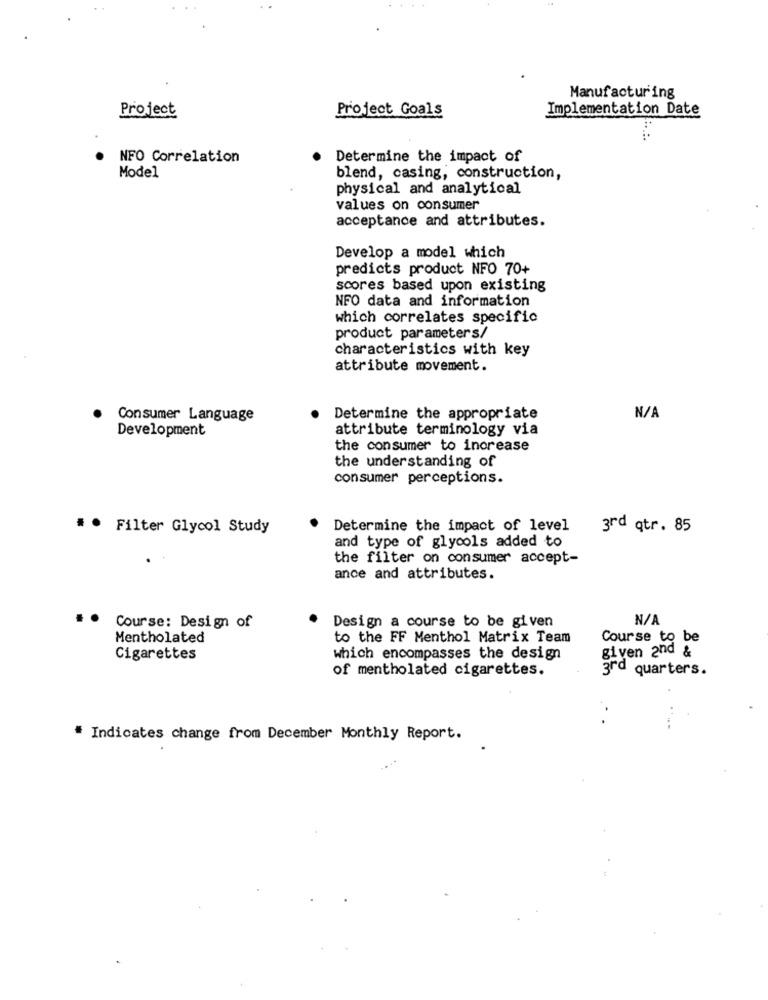
Manufacturing
Project
Project Goals
Implementation Date
NFO Correlation
Determine the impact of
Model
blend, casing, construction,
physical and analytical
values on consumer
acceptance and attributes.
Develop a model which
predicts product NFO 70+
scores based upon existing
NFO data and information
which correlates specific
product parameters/
characteristics with key
attribute movement.
Consumer Language
Determine the appropriate
Development
attribute terminology via
the consumer to increase
the understanding of
consumer perceptions.
* * Filter Glycol Study
Determine the impact of level
3rd qtr. 85
and type of glycols added to
the filter on consumer accept-
ance and attributes.
Design a course to be given
Course: Design of
Mentholated
to the FF Menthol Matrix Team
Course to be
given and &
Cigarettes
which encompasses the design
of mentholated cigarettes.
3rd quarters.
# Indicates change from December Monthly Report.